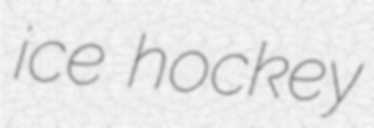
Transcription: ice hockey